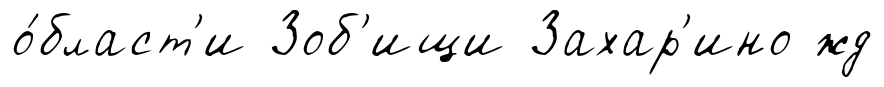
о́бласт'и Зоб'ищи Захар'ино жд